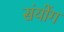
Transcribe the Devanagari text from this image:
संयोंग